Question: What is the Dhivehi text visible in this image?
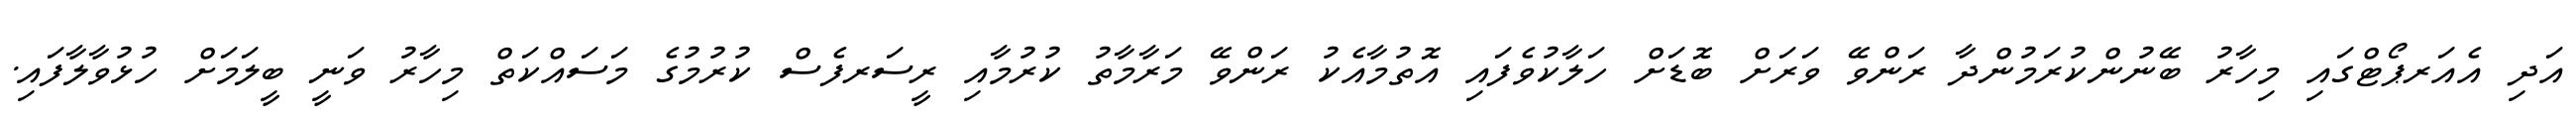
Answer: އަދި އެއަރޕޯޓްގައި މިހާރު ބޭނުންކުރަމުންދާ ރަންވޭ ވަރަށް ބޮޑަށް ހަލާކުވެފައި އޮތުމާއެކު ރަންވޭ މަރާމާތު ކުރުމާއި ރީސަރފެސް ކުރުމުގެ މަސައްކަތް މިހާރު ވަނީ ބީލަމަށް ހުޅުވާލާފައި.